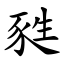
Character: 甤